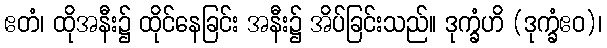
ဧတံ၊ ထိုအနီး၌ ထိုင်နေခြင်း အနီး၌ အိပ်ခြင်းသည်။ ဒုက္ခံဟိ (ဒုက္ခံဧဝ)၊